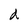
Character: d